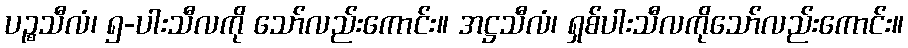
ပဉ္စသီလံ၊ ၅-ပါးသီလကို သော်လည်းကောင်း။ အဋ္ဌသီလံ၊ ရှစ်ပါးသီလကိုသော်လည်းကောင်း။